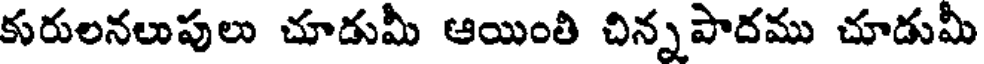
కురులనలుపులు చూడుమీ ఆయింతి చిన్నపాదము చూడుమీ